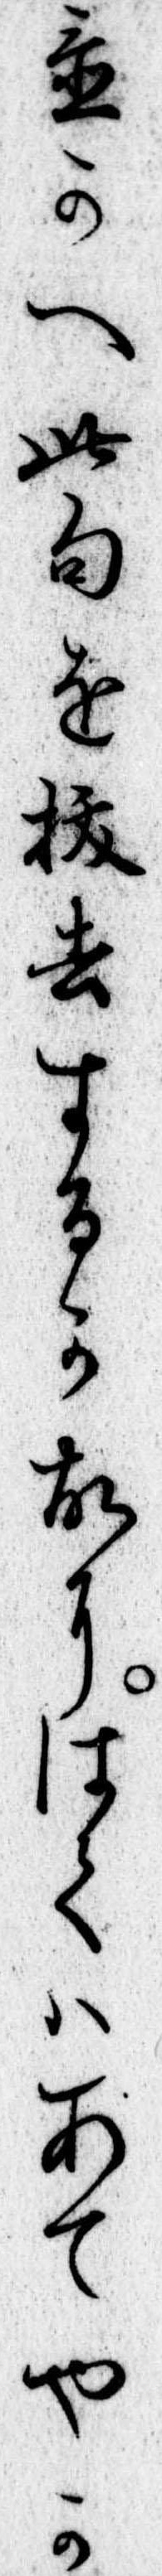
置かへ此句を抜去するか故にはてはあてやか